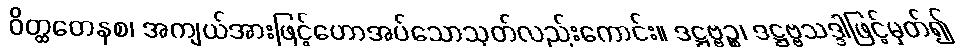
ဝိတ္ထတေနစ၊ အကျယ်အားဖြင့်ဟောအပ်သောသုတ်လည်းကောင်း။ ဒဋ္ဌဗ္ဗဉ္စ၊ ဒဋ္ဌဗ္ဗသဒ္ဒါဖြင့်မှတ်၍